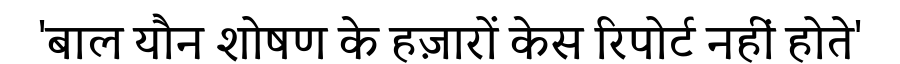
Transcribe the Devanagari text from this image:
'बाल यौन शोषण के हज़ारों केस रिपोर्ट नहीं होते'